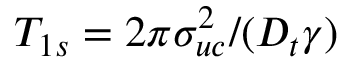
T _ { 1 s } = 2 \pi \sigma _ { u c } ^ { 2 } / ( D _ { t } \gamma )